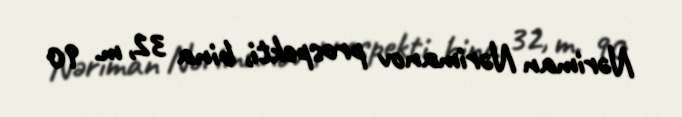
Nəriman Nərimanov prospekti, bina 32, m. 90